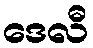
ဒေလီ